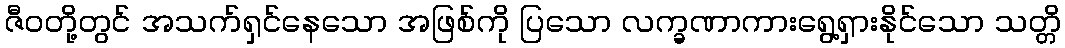
ဇီဝတို့တွင် အသက်ရှင်နေသော အဖြစ်ကို ပြသော လက္ခဏာကားရွေ့ရှားနိုင်သော သတ္တိ